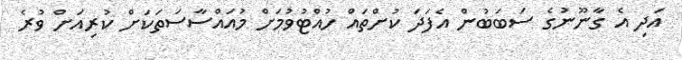
އަދި އެ ގާނޫނުގެ ސަބަބުން އެފަދަ ކުށްތައް ހުއްޓުވުމަށް މުއައްސާސަތަކަށް ކުރިއަށް ވުރެ